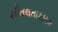
શીતલતાકારક